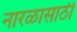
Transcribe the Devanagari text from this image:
नारळासाठी